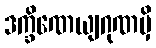
ဒက္ခိဏေယျဂုဏမှိ